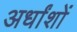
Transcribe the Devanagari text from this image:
अर्धांशों